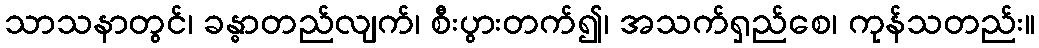
သာသနာတွင်၊ ခန္ဓာတည်လျက်၊ စီးပွားတက်၍၊ အသက်ရှည်စေ၊ ကုန်သတည်း။